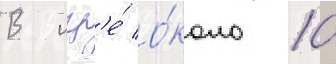
В игр'е́ о́коло 10